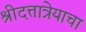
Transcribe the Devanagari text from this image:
श्रीदत्तात्रेयाचा